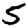
Digit: 5